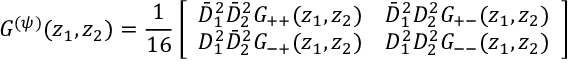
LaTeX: G ^ { ( \psi ) } ( z _ { 1 } , z _ { 2 } ) = \frac { 1 } { 1 6 } \left[ \begin{array} { l l } { { \bar { D } _ { 1 } ^ { 2 } \bar { D } _ { 2 } ^ { 2 } G _ { + + } ( z _ { 1 } , z _ { 2 } ) } } & { { \bar { D } _ { 1 } ^ { 2 } D _ { 2 } ^ { 2 } G _ { + - } ( z _ { 1 } , z _ { 2 } ) } } \\ { { D _ { 1 } ^ { 2 } \bar { D } _ { 2 } ^ { 2 } G _ { - + } ( z _ { 1 } , z _ { 2 } ) } } & { { D _ { 1 } ^ { 2 } D _ { 2 } ^ { 2 } G _ { -- } ( z _ { 1 } , z _ { 2 } ) } } \end{array} \right]